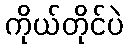
ကိုယ်တိုင်ပဲ